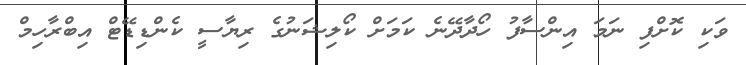
ވަކި ކޮށްފި ނަމަ އިންސާފު ހޯދާދޭނެ ކަމަށް ކޯލިޝަނުގެ ރިޔާސީ ކެންޑިޑޭޓް އިބްރާހިމް